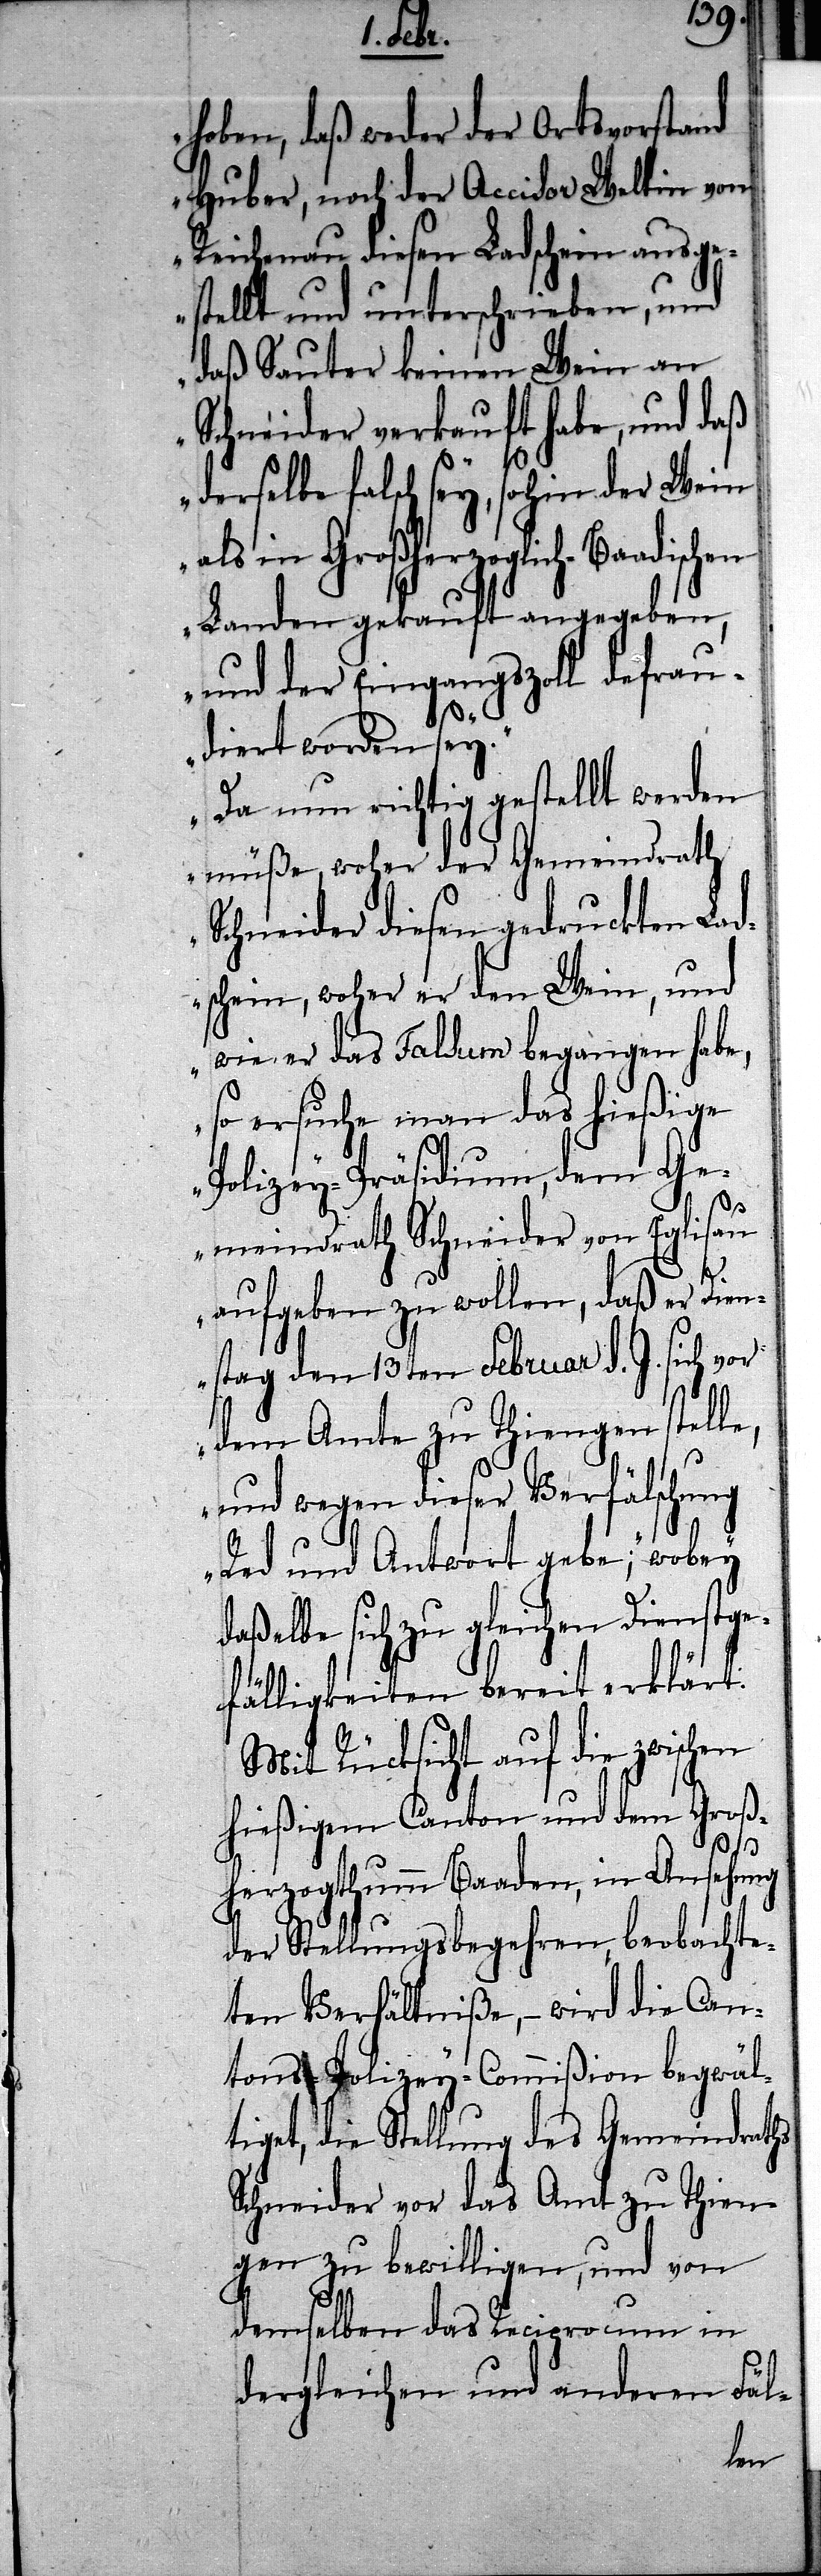
hoben, daß weder der Ortsvorstand
Huber, noch der Accisor Weltin von
Reichenau diesen Ladschein ausge¬
stellt und unterschrieben, und
daß Sauter keinen Wein an
Schneider verkauft habe, und daß
derselbe falsch sey, sohin der Wein
als in Großherzoglich-Baadischen
Landen gekauft angegeben,
und der Eingangszoll defrau¬
diert worden sey.
Da nun richtig gestellt werden
müße, woher der Gemeindrath
Schneider diesen gedruckten Lad¬
schein, woher er den Wein, und
wie er das Falsum begangen habe,
so ersuche man das hießige
Policey-Präsidium, dem Ge¬
meindrath Schneider von Eglisau
aufgeben zu wollen, daß er Dien¬
stag den 13ten Februar d. J. sich vor
dem Amte zu Thiengen stelle,
und wegen dieser Verfälschung
Red und Antwort gebe;“ wobey
daßelbe sich zu gleichen Dienstge¬
fälligkeiten bereit erklärt.
Mit Rücksicht auf die zwischen
hießigem Canton und dem Groß¬
herzogthumm Baaden, in Ansehung
der Stellungsbegehren, beobachte¬
ten Verhältniße, – wird die Can¬
tons-Polizey-Commißion begwält¬
iget, die Stellung des Gemeindraths
Schneider vor das Amt zu Thien¬
gen zu bewilligen, und von
demselben das Reciprocum in
dergleichen und anderen Fäl-